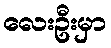
လေးဦးမှာ